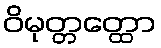
ဝိမုတ္တတ္ထော